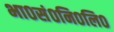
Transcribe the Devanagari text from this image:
भा०सं०नि०लि०